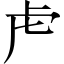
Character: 虍